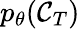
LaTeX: p_{\theta}(\mathcal{C}_{T})